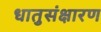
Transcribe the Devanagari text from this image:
धातुसंक्षारण